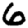
Digit: 6